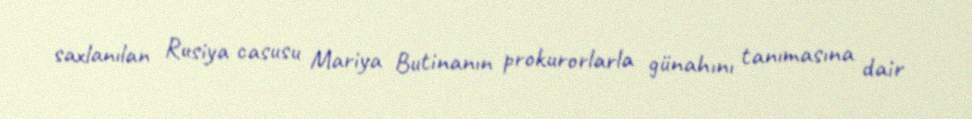
saxlanılan Rusiya casusu Mariya Butinanın prokurorlarla günahını tanımasına dair